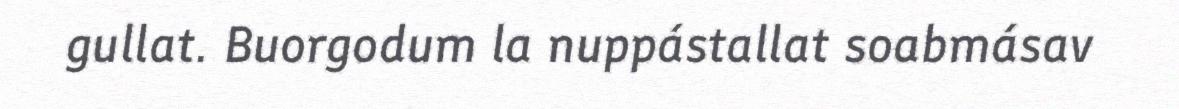
gullat. Buorgodum la nuppástallat soabmásav